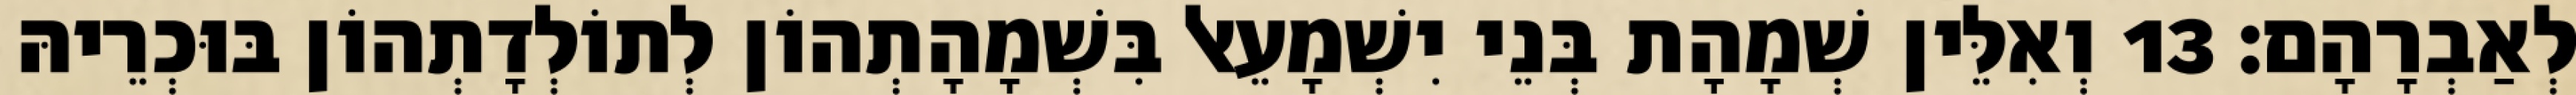
לְאַבְרָהָם׃ 13 וְאִלֵּין שְׁמָהָת בְּנֵי יִשְׁמָעֵאל בִּשְׁמָהָתְהוֹן לְתוֹלְדָתְהוֹן בּוּכְרֵיהּ